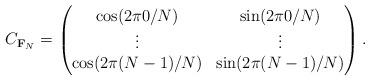
LaTeX: \begin{align*}C_{\mathbf{F}_N} =\begin{pmatrix}\cos(2 \pi 0/N) & \sin(2 \pi 0/N)\\\vdots & \vdots\\\cos(2 \pi (N-1)/N) & \sin(2 \pi (N-1)/N)\end{pmatrix}.\end{align*}